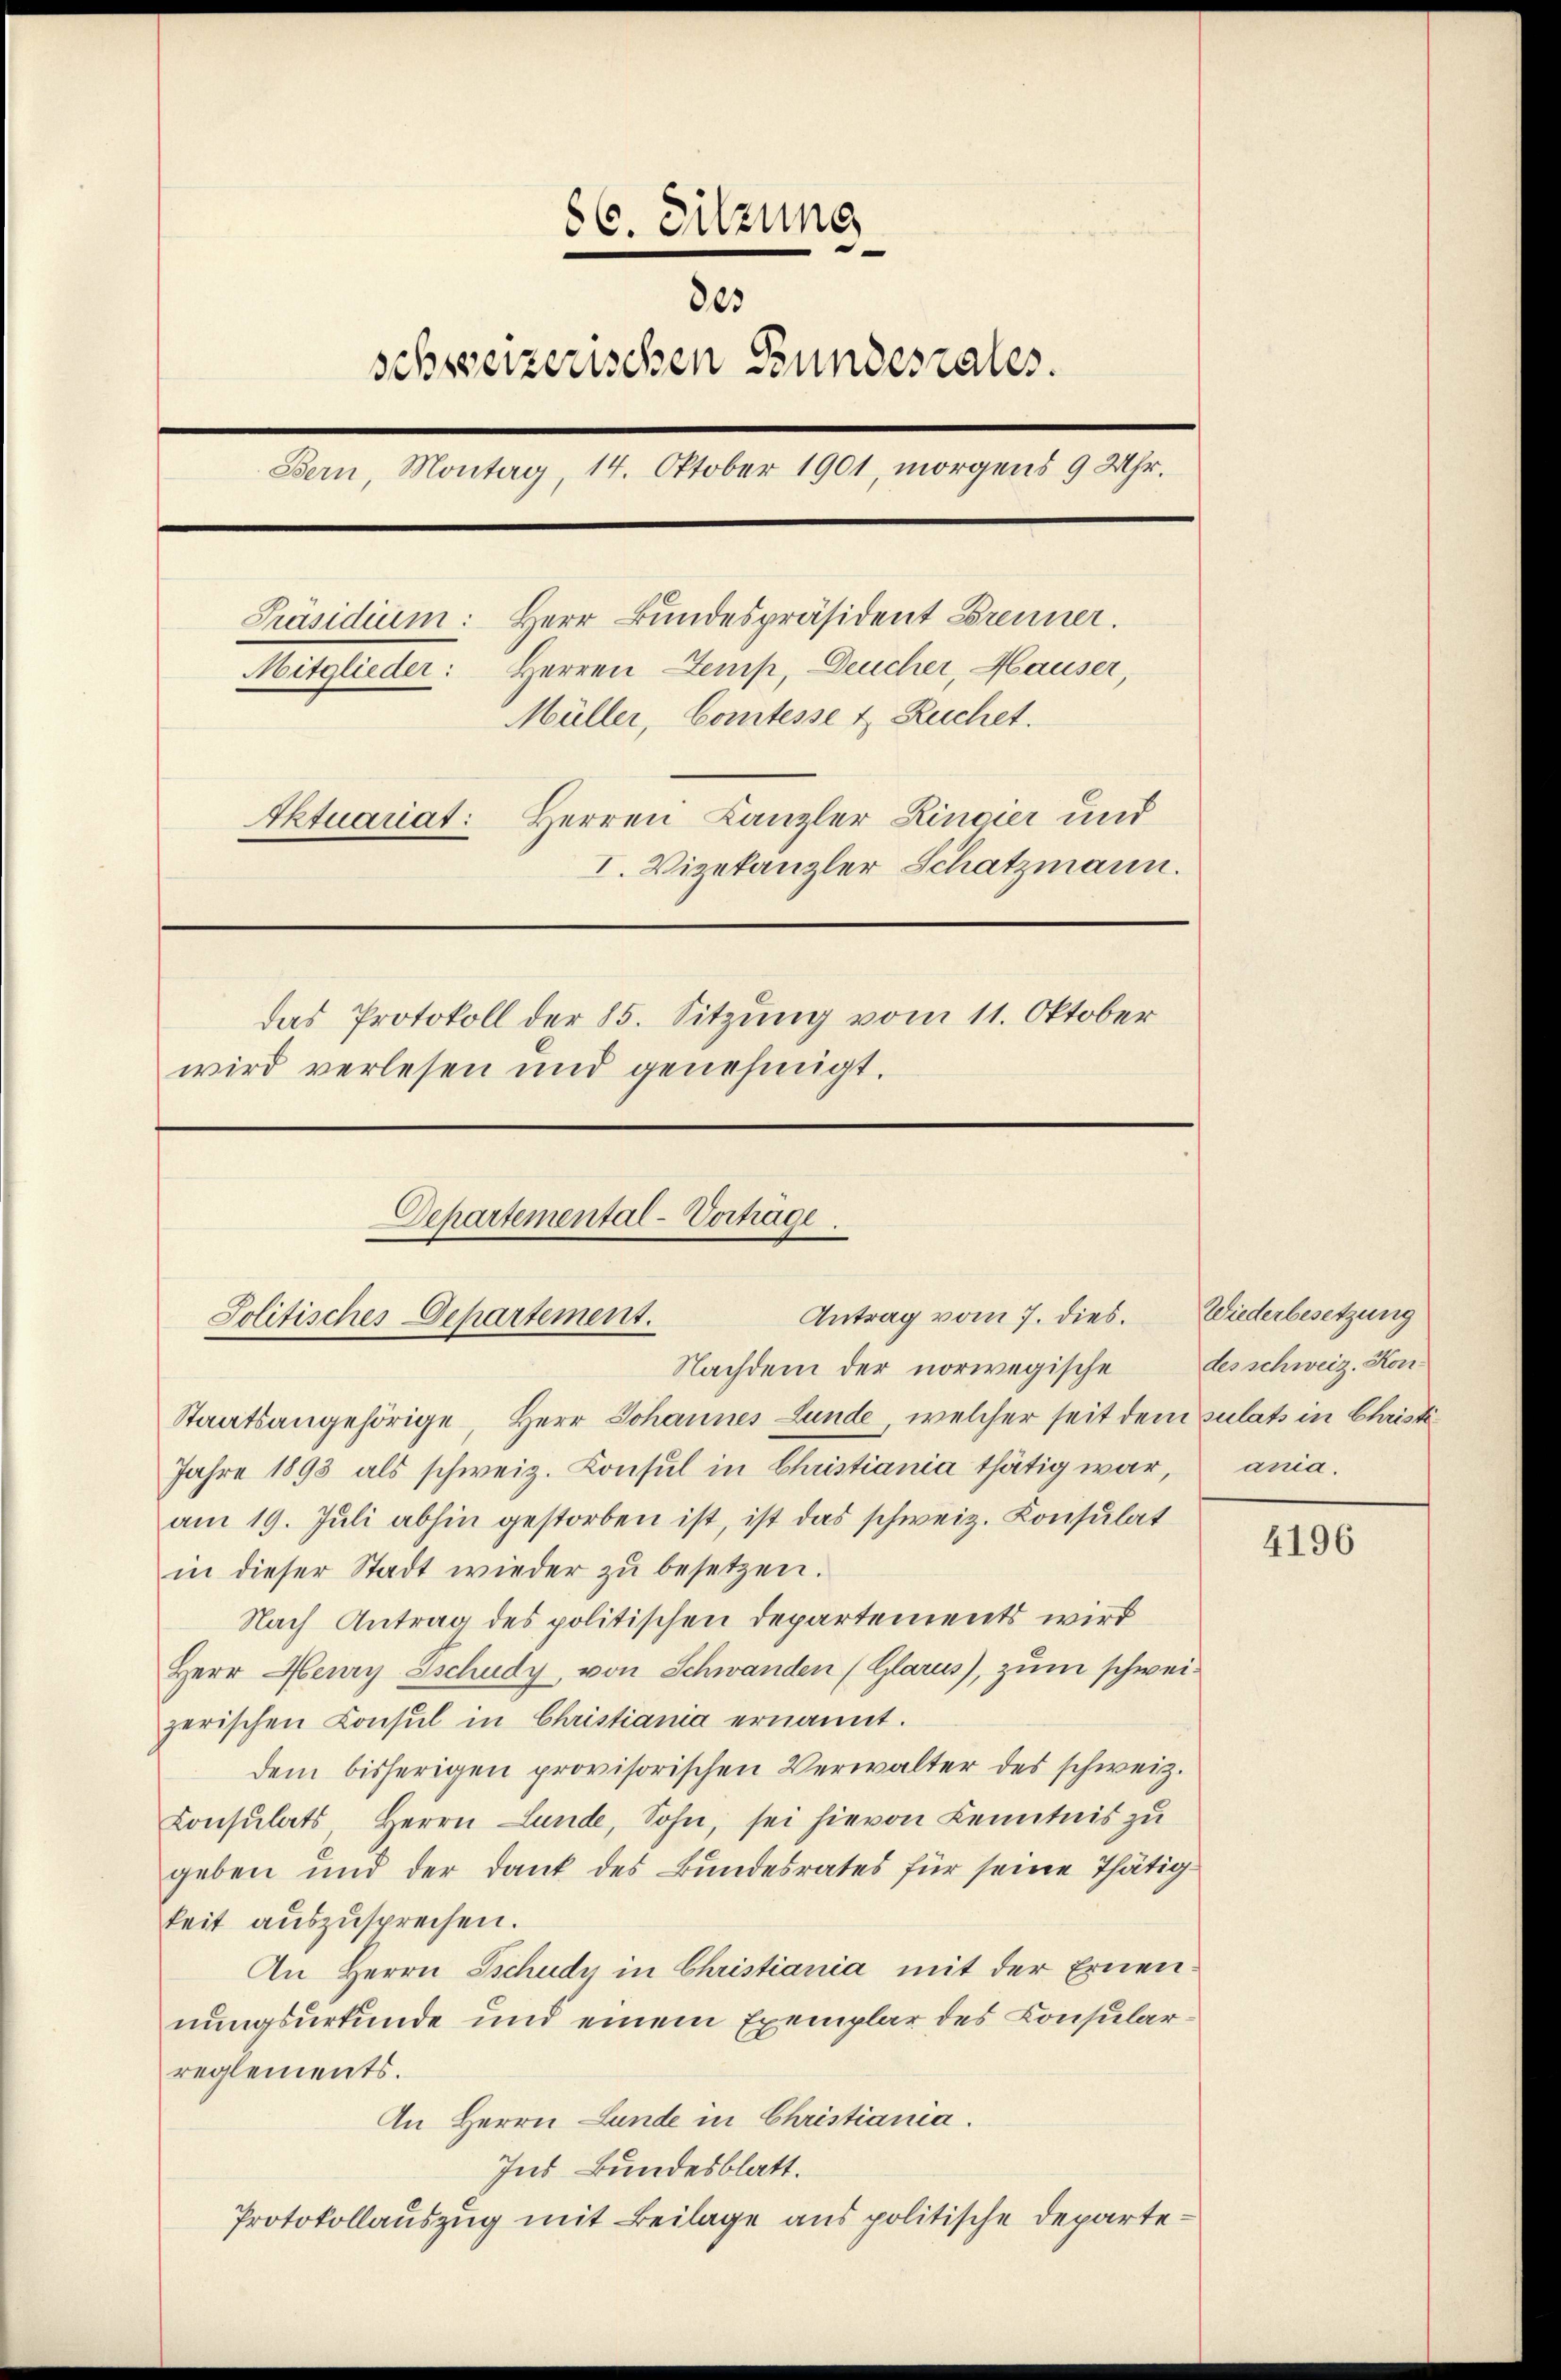
86. Sitzung
¬
805
schweizerischen Bundesrates.
Bern, Montag, 14. Oktober 1901, morgens 9 Uhr.
Präsidium: Herr Bundespräsident Brenner.
Herren Kemp, Deucher, Hauser,
Mitglieder:
Müller, Comtesse & Ruchet.
Aktuariat: Herren Canzler Linier und
I. Vizekanzler Schatzmann.
das Protokoll der 85. Sitzung vom 11. Oktober
wird verlesen und genehmigt.
Departemental-Vortrage

Antrag vom 7. dies.
Jolitisches Departement.
Nachdem der norwegische des schweiz. Kon¬
Staatsangehörige, Herr Johannes Lunde, welcher seit dem sulats in Christi¬

Jahre 1893 als schweiz. Konsul in Christiania thätig war, ania.
am 19. Juli abhin gestorben ist, ist das schweiz. Konsulat
in dieser Stadt wieder zŭ besetzen.
Nach Antrag des politischen Departements wird
Herr Henry Zschudy, von Schwanden (Glarus, zum schweizerischen Consul in Christiania ernannt.
dem bisherigen provisorischen Verwalter des schweiz.
Consulats Herrn Lande, Sohn, sei hievon Kenntnis zu
geben und der Dank des Bundesrates für seine Thätigkeit auszusprechen.
An Herrn Sschudy in Christiania mit der Ernennungsurkunde und einem Exemplar des Konsularreglements.
An Herrn Lande in Christiania.
Ins Bundesblatt.
Protokollauszug mit Beilage aus politische Departe¬

Wiederbesetzung

4196